Memorandum on the prevention of leprosy by segregation of the affected
Disease focus: Leprosy
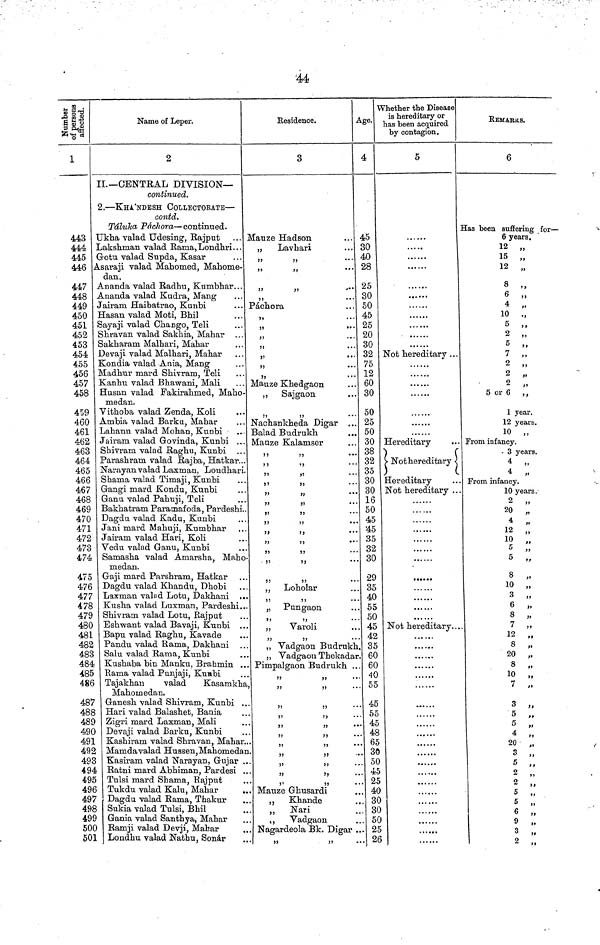
Number of
person
affected.
l
]
443
444
445
446
447
448
449
450
451
452
453
454
455
456
457
458
459
460
461
462
463
464
465
466
467
468
469
470
471
472
473
474
475
476
477
478
479
480
481
482
483
484
485
486
487
488
489
490
491
492
493
494
495
496
497
498
499
500
501
Name of Leper.
2
[I.— CENTRAL DIVISION—
continued.
2. — KHA'NDESH COLLECTORATE —
contd.
Táluka Páchora— continued.
Ukha valad Udesing, Rajput
Lakshman valad Rama, Londhri...
Gotu valad Supda, Kasar
Asaraji valad Mahomed, Mahome-
dan.
Ananda valad Radhu, Kumbhar...
Ananda valad Kudra, Mang
Jairam Haibatrao, Kunbi
Hasan valad Moti, Bhil
Sayaji valad Chango, Teli
Shravan valad Sakhia, Mahar
Sakharam Malhari, Mahar
Devaji valad Malhari, Mahar
Kondia valad Ania, Mang
Madhur mard Shivram, Teli
Kanhu valad Bhawani, Mali
Husan valad Fakirahmed, Maho-
medan.
Vithoba valad Zenda, Koli
Ambia valad Barku, Mahar
Lahanu valad Mohan, Kunbi
Jairam valad Govinda, Kunbi ...
Shivram valad Raghu, Kunbi ...
Parashram valad Rajba, Hatkar...
Narayan valad Laxman, Londhari.
Shama valad Timaji, Kunbi
Gangi mard Kondu, Kunbi
Ganu valad Pahuji, Teli
Bakhatram Paramafoda, Pardeshi..
Dagdu valad Kadu, Kunbi
Jani mard Mahuji, Kumbhar
Jairam valad Hari, Koli
Vedu valad Ganu, Kunbi
Samasha valad Amarsha, Maho
medan.
Gaji mard Parshram, Hatkar
Dagdu valad Khandu, Dhobi
Laxman valad Lotu, Dakhani ..
Kusha valad Luxman, Pardeshi..
Shivram valad Lotu, Rajput
Eshwant valad Bavaji, Kunbi ..
Bapu valad Raghu, Kavade
Pandu valad Rama, Dakhani
Salu valad Rama, Kunbi
Kushaba bin Manku, Brahmin ..
Rama valad Punjaji, Kunbi
Tajakhan
valad
Kasamkha
Mahomedan,
Ganesh valad Shivram, Kunbi ..
Hari valad Balashet, Bania
Zigri mard Laxman, Mali
Devaji valad Barku, Kunbi
Kashiram valad Shravan, Mahar.
Mamda valad Hussen, Mahomedai
Kasiram valad Narayan, Gujar .
Ratni mard Abhiman, Pardesi .
Tulsi mard Shama, Rajput
Tukdu valad Kalu, Mahar
Dagdu valad Rama, Thakur
Sukia valad Tulsi, Bhil
Gania valad Santhya, Mahar
Ramji valad Devji, Mahar
Londhu valad Nathu, Sonar
Residence.
3
Mauze Hadson
,, Lavhari
,,
,,
,,
,,
,,
,,
...
Páchora
. . .
. . .
...
.
,
...
Mauze Khedgaon
„
Sajgaon
,,
.
.
.
Nachankheda Digar ...
Balad Budrukh
Mauze Kalamser
,,
,,
.
.
.
,,
,,
.
.
.
,,
,,
.
.
.
,,
,,
,,
,,
,,
,,
,,
.
.
.
,,
,,
3
,,
.
.
.
,,
...
5
9
,,
.
.
.
,
Loholar
33
Pungaon
,,
Varoli
3 ,,
Vadgaon Budrukh
Vadgaon Thekadar
Pimpalgaon Budrukh ..
,,
35
,,
,,
,,
33
,,
,,
,,
Mauze Ghusardi
.
,,
Khande
,,
Nari
,,
Vadgaon
.. Nagardeola Bk. Digar
.
.
.
,,
,,
Age.
4
45
30
40
28
25
30
50
45
25
20
30
32
75
12
60
30
50
25
50
30
38
32
35
30
30
16
50
45
45
35
32
30
29
35
40
55
50
45
42
35
60
60
40
55
45
55
45
48
65
30
50
45
25
40
30
30
50
25
26
Whether the Disease
is hereditary or
las been acquired
by contagion.
5
... ...
......
Not hereditary . . .
Hereditary
Nothereditary
Hereditary
Not hereditary ..
,
-
... ...
......
Not hereditary
... ...
......
.....
... . .
......
...
REMARKS.
6
Has been suffering for —
6 years.
12 „
15 „
12 „
8 „
6 „
4
,.
10 „
5 ,,
2 „
5 ,,
7 „
2 „
2 „
2 „
5 or 6 ,,
1 year.
12 years.
10 „
From infancy.
3 years.
4 ,
4 ,
From infancy.
10 yea .
2
20
4
12
10
5
5
8
10
3
6
8
7
12
8
20
8
10
7
3
5
5
4
20
3
5
,
2
,
2
,
5
5
,
6
,
9
,
3
,
2